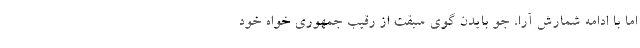
اما با ادامه شمارش آرا، جو بایدن گوی سبقت از رقیب جمهوری خواه خود